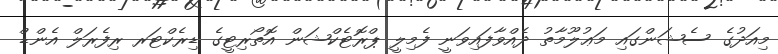
މިއަދުގެ ސެޝަންގައި މަޢުލޫމާތު ދެއްވާފައިވަނީ ފެމިލީ ޕްރޮޓެކްޝަން އޮތޯރިޓީގެ ޑިރެކްޓަރ ރިފެރަލް އެންޑް